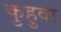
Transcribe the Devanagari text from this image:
कुहुवा